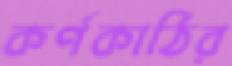
কর্ণকাঠির